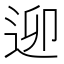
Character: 𨒖